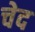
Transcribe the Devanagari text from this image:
चेद